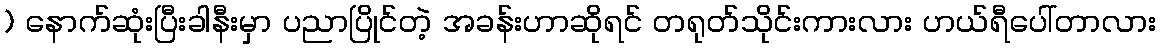
) နောက်ဆုံးပြီးခါနီးမှာ ပညာပြိုင်တဲ့ အခန်းဟာဆိုရင် တရုတ်သိုင်းကားလား ဟယ်ရီပေါ်တာလား